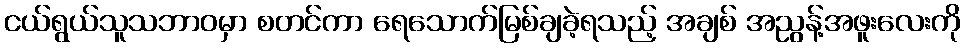
ငယ်ရွယ်သူသဘာဝမှာ စတင်ကာ ရေသောက်မြစ်ချခဲ့ရသည့် အချစ် အညွန့်အဖူးလေးကို